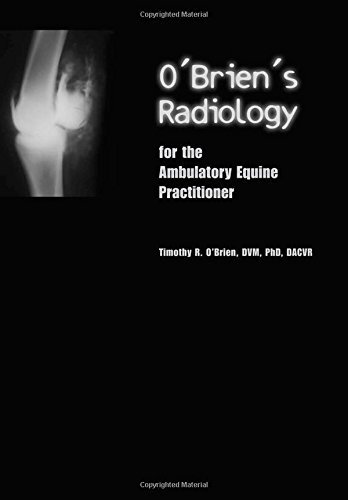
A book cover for O'Brien's Radiology for the Ambulatory Equine Practitioner; Timothy O'Brien; Medical Books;